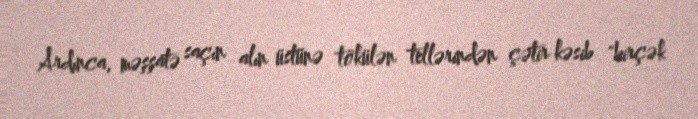
Ardınca, məşşatə saçın alın üstünə tökülən tellərindən çətir kəsib "birçək